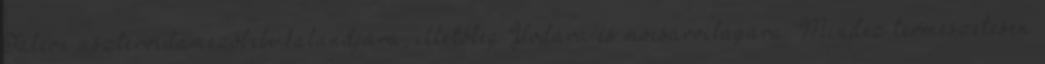
Falcon aszteroidamezőbeli kalandjára, illetőleg Yodára és mocsárvilágára. Mindez természetesen